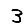
Digit: 3